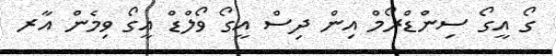
ގޯ އީގޯ ސިންްޑްރޯމް އިން ދިސް އީގޯ ވޯލްޑް އީގޯ ވިމެން އާރ